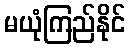
မယုံကြည်နိုင်